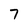
Character: 7